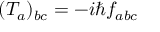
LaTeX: ( T _ { a } ) _ { b c } = - i \hbar f _ { a b c }